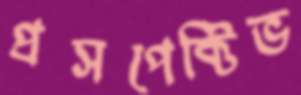
প্রসপেক্টিভ